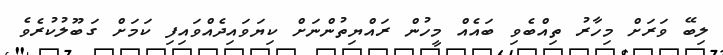
ލިބޭ ވަރަށް މިހާރު ތިއްބެވި ބައެއް މީހުން ރައްޔިތުންނަށް ކިޔަވައިދެއްވައިފި ކަމަށް ގަބޫލުކުރެވެ